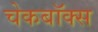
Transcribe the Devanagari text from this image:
चेकबॉक्स